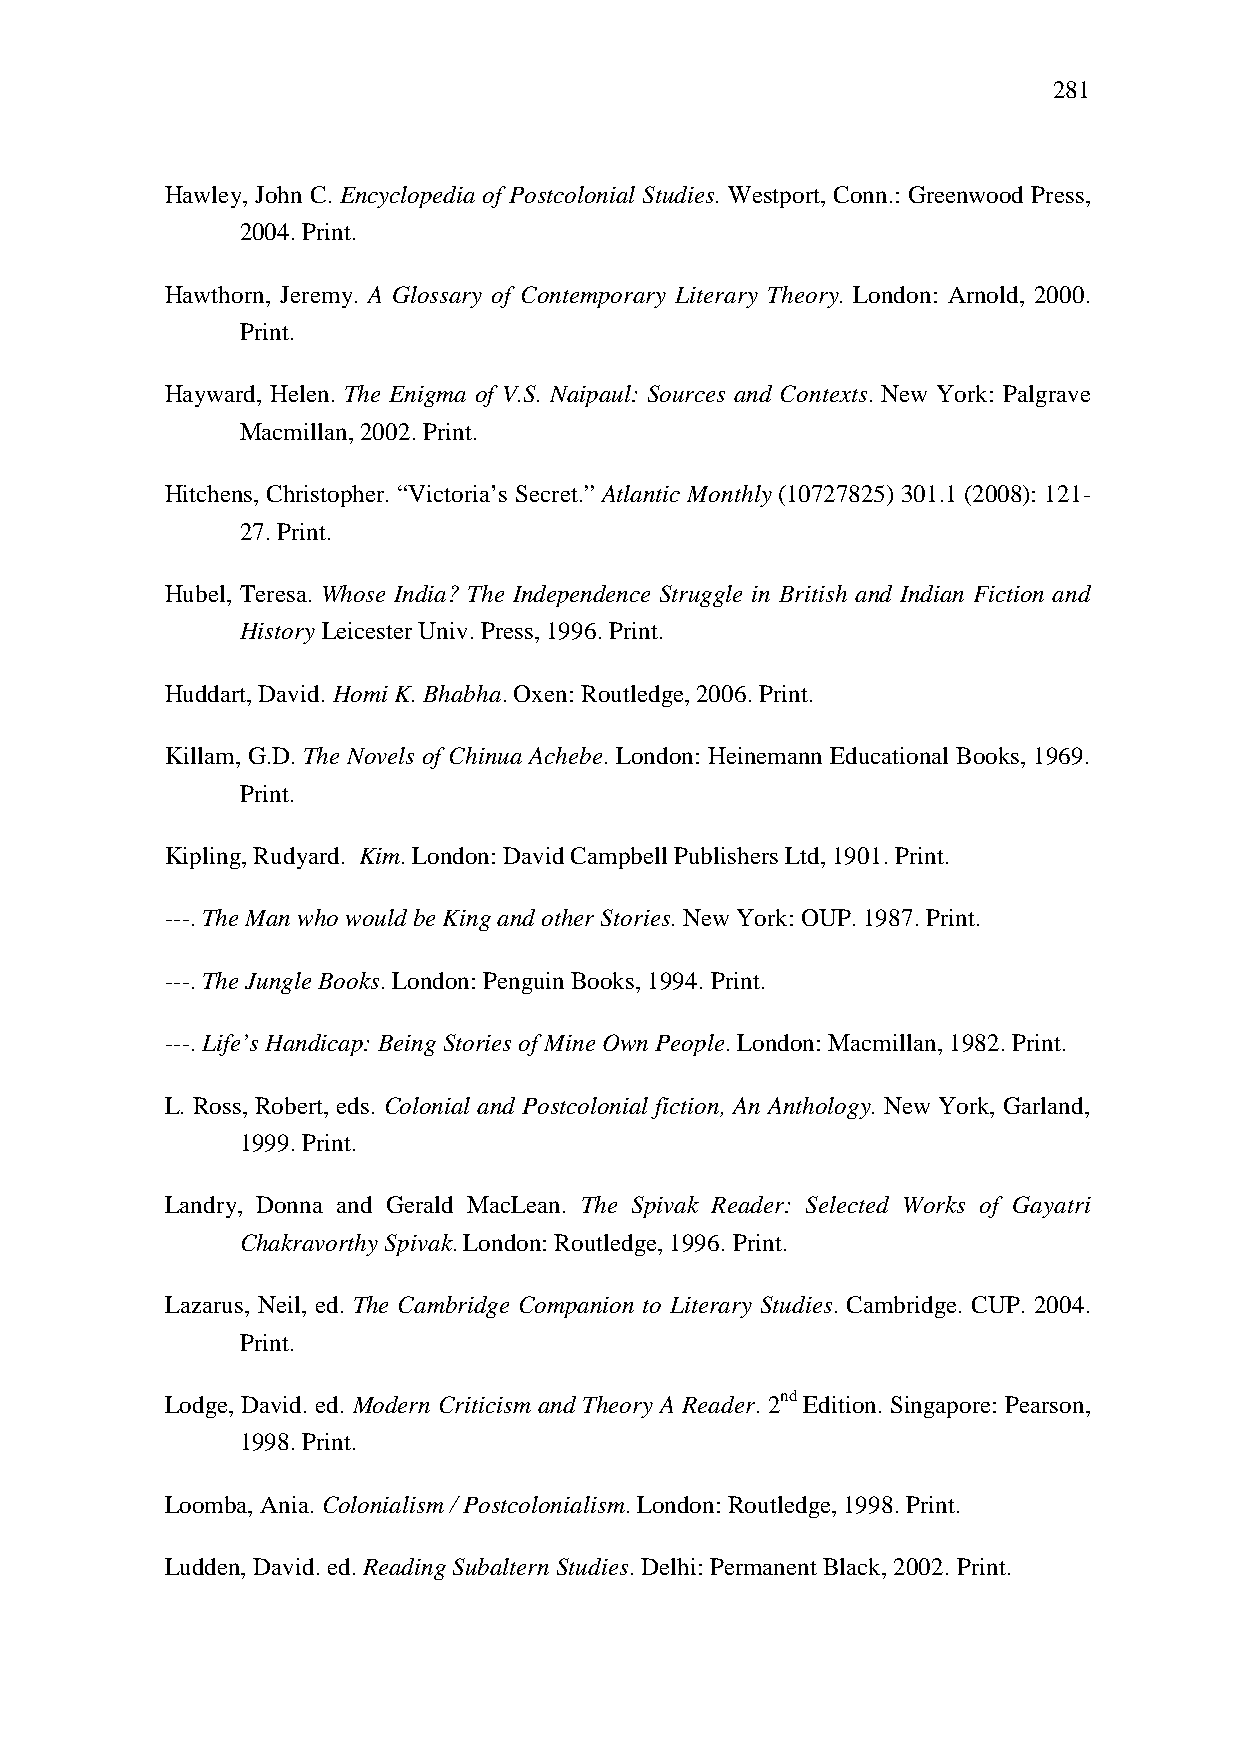
281
 Hawley, John C. Encyclopedia of Postcolonial Studies. Westport, Conn.: Greenwood Press,
 2004. Print.
 Hawthorn, Jeremy. A Glossary of Contemporary Literary Theory. London: Arnold, 2000.
 Print.
 Hayward, Helen. The Enigma of V.S. Naipaul: Sources and Contexts. New York: Palgrave
 Macmillan, 2002. Print.
 Hitchens, Christopher. “Victoria’s Secret.” Atlantic Monthly (10727825) 301.1 (2008): 121-
 27. Print.
 Hubel, Teresa. Whose India? The Independence Struggle in British and Indian Fiction and
 History Leicester Univ. Press, 1996. Print.
 Huddart, David. Homi K. Bhabha. Oxen: Routledge, 2006. Print.
 Killam, G.D. The Novels of Chinua Achebe. London: Heinemann Educational Books, 1969.
 Print.
 Kipling, Rudyard. Kim. London: David Campbell Publishers Ltd, 1901. Print.
 ---. The Man who would be King and other Stories. New York: OUP. 1987. Print.
 ---. The Jungle Books. London: Penguin Books, 1994. Print.
 ---. Life’s Handicap: Being Stories of Mine Own People. London: Macmillan, 1982. Print.
 L. Ross, Robert, eds. Colonial and Postcolonial fiction, An Anthology. New York, Garland,
 1999. Print.
 Landry, Donna and Gerald MacLean. The Spivak Reader: Selected Works of Gayatri
 Chakravorthy Spivak. London: Routledge, 1996. Print.
 Lazarus, Neil, ed. The Cambridge Companion to Literary Studies. Cambridge. CUP. 2004.
 Print.
 Lodge, David. ed. Modern Criticism and Theory A Reader. 2nd Edition. Singapore: Pearson,
 1998. Print.
 Loomba, Ania. Colonialism / Postcolonialism. London: Routledge, 1998. Print.
 Ludden, David. ed. Reading Subaltern Studies. Delhi: Permanent Black, 2002. Print.